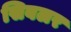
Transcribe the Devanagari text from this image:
सिबलर